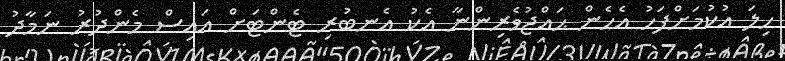
ހިލަ އުކުމަށްފަހު އެހެން ޙައްޖުވެރިންނާ އެކު އެނބުރި ޓެންޓަށް އައިސް މެންދުރު ނަމާދު